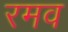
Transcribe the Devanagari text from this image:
रमव